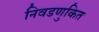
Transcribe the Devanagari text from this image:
निवडणुकित